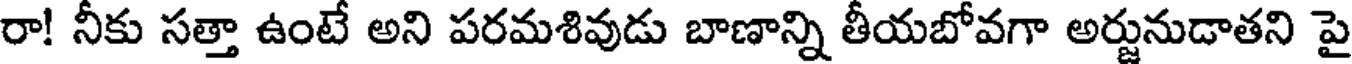
రా! నీకు సత్తా ఉంటే అని పరమశివుడు బాణాన్ని తీయబోవగా అర్జునుడాతని పై